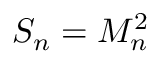
S _ { n } = M _ { n } ^ { 2 }